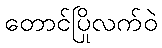
တောင်ပြိုလက်ဝဲ